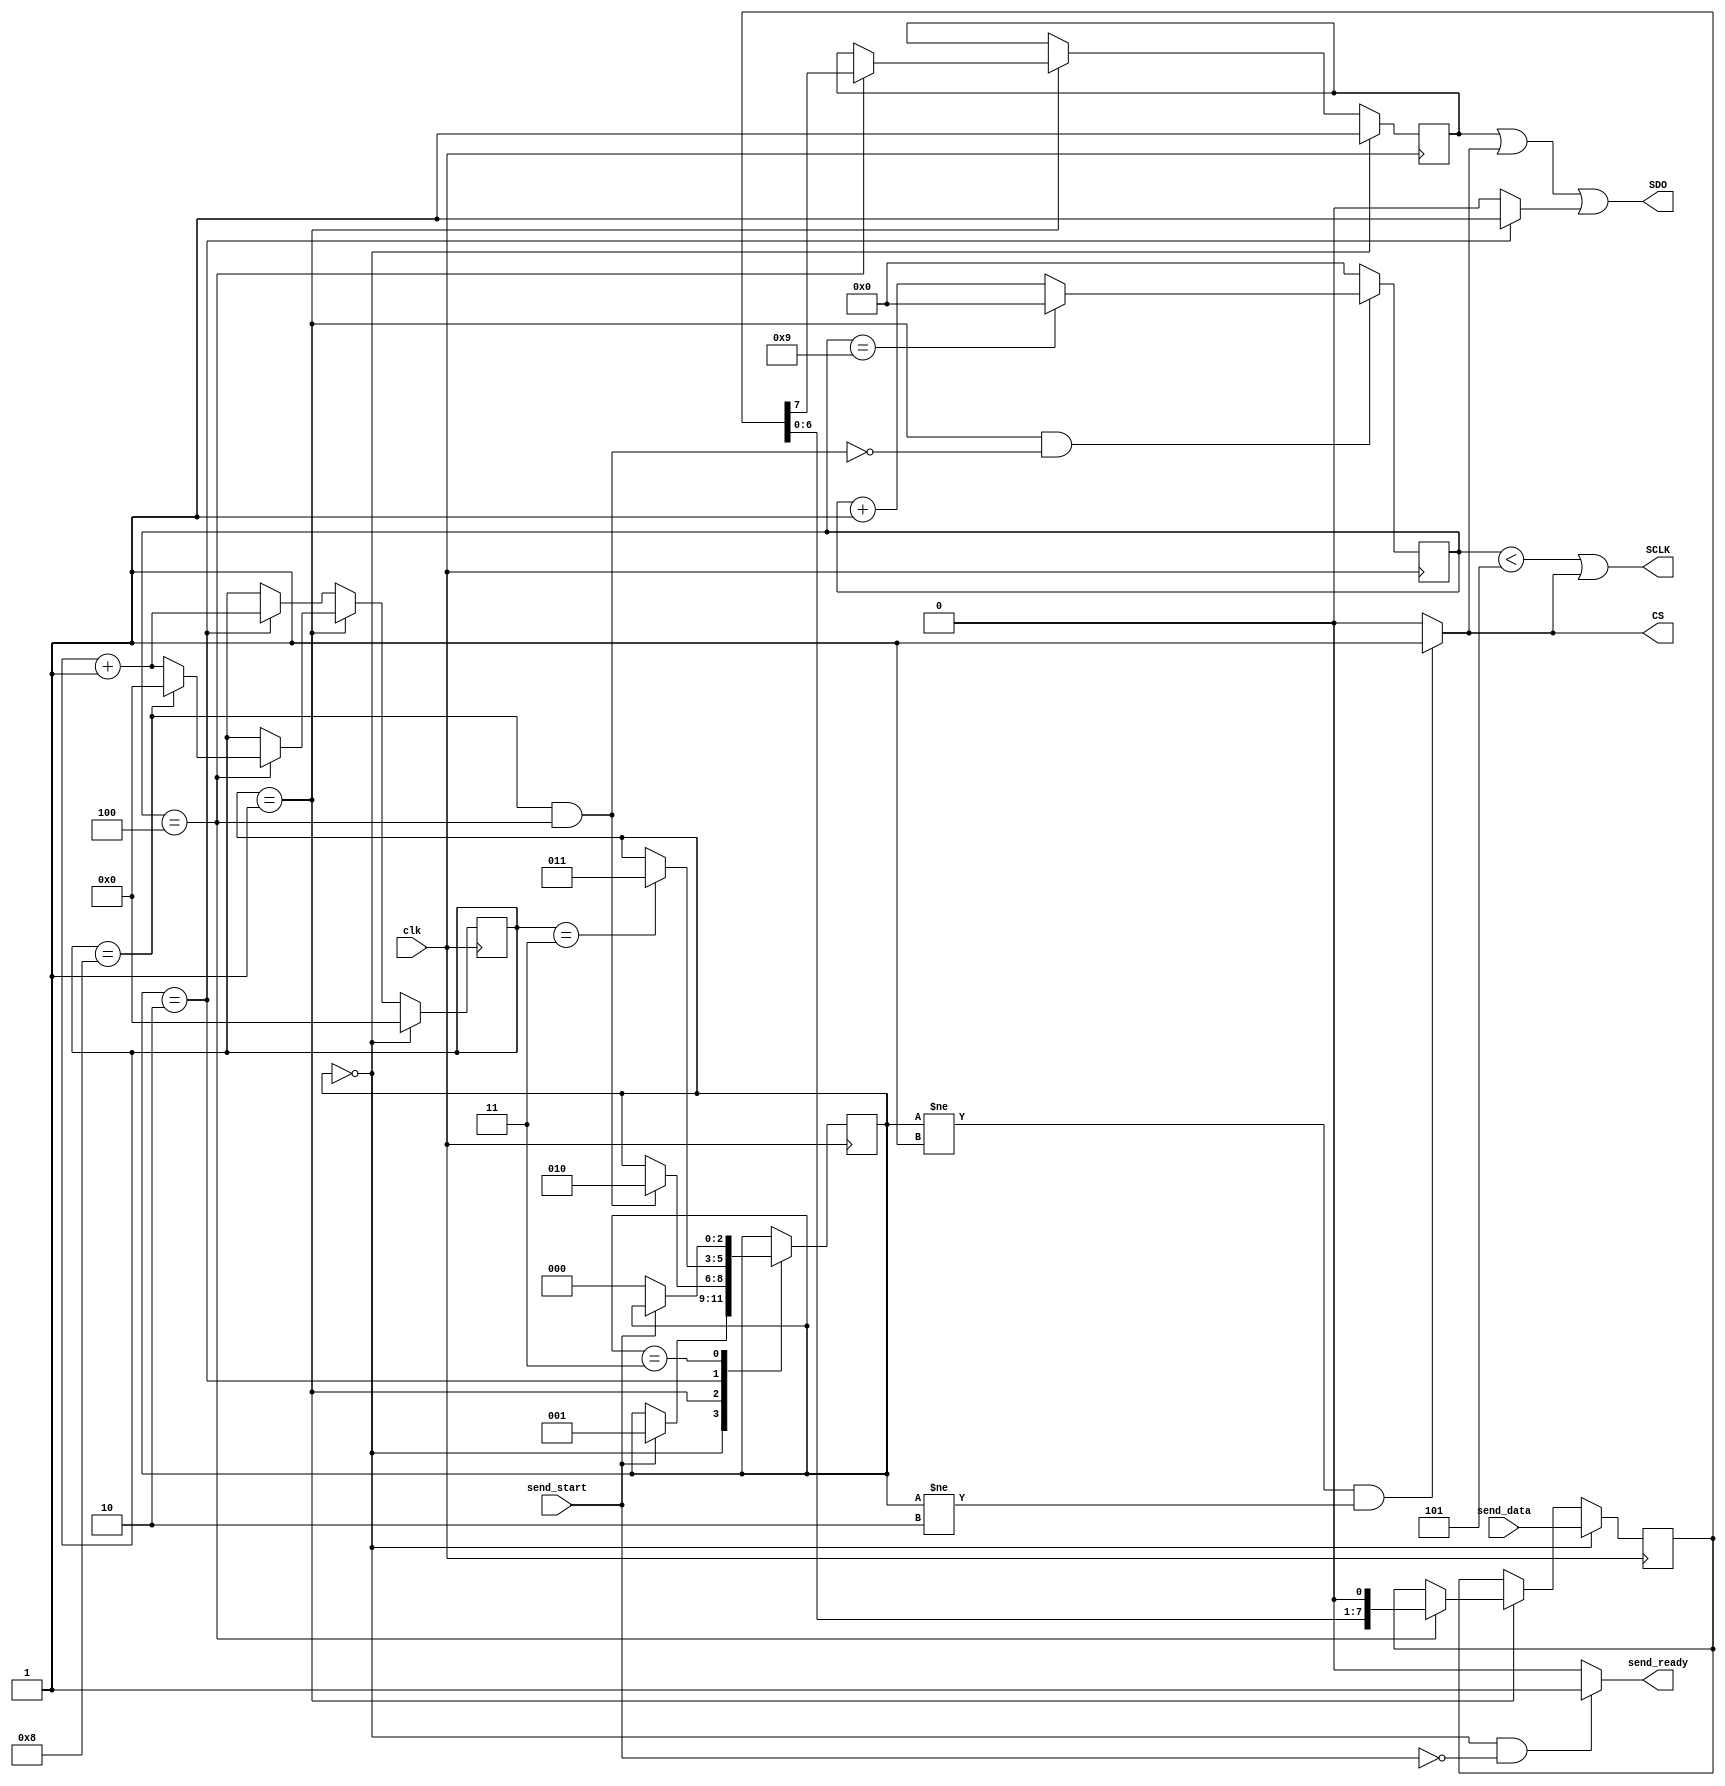
`timescale 1ns / 1ps
//////////////////////////////////////////////////////////////////////////////////
// Company: DigilentInc
// 
// Module Name: SpiCtrl
// Project Name: OLED Demo
// Description: SPI Controller. Sends a data byte on start flag high, asserts ready high when not busy.
// 
// Revision:
// Revision 0.01 - File Created
// Additional Comments:
// 
//////////////////////////////////////////////////////////////////////////////////


module SpiCtrl (
    input wire       clk,
    input wire       send_start,
    input wire [7:0] send_data,
    output wire      send_ready,
    output wire      CS,
    output wire      SDO,
    output wire      SCLK
);
    localparam  Idle   = 0,
                Send   = 1,
                HoldCS = 2,
                Hold   = 3;
    localparam  COUNTER_MID = 4,
                COUNTER_MAX = 9,
                SCLK_DUTY = 5;
    reg [2:0]   state = Idle;
    reg [7:0]   shift_register=0;
    reg [3:0]   shift_counter=0;
    wire        clk_divided;
    reg [4:0]   counter=0;
    reg         temp_sdo;
    
    assign SCLK = (counter < SCLK_DUTY) | CS;
    assign SDO = temp_sdo | CS | (state == HoldCS ? 1'b1 : 1'b0);
    assign CS = (state != Send && state != HoldCS) ? 1'b1 : 1'b0;
    assign send_ready = (state == Idle && send_start == 1'b0) ? 1'b1 : 1'b0;
    
    always@(posedge clk)
        case (state)
        Idle: begin
            if (send_start == 1'b1)
                state <= Send;
        end
        Send: begin
            if (shift_counter == 8 && counter == COUNTER_MID) begin
                state <= HoldCS;
            end
        end
        HoldCS: begin
            if (shift_counter == 4'd3)
                state <= Hold;
        end
        Hold: begin
            if (send_start == 1'b0)
                state <= Idle;
        end
        endcase
    always@(posedge clk)
        if (state == Send && ~(counter == COUNTER_MID && shift_counter == 8)) begin
            if (counter == COUNTER_MAX)
                counter <= 0;
            else
                counter <= counter + 1'b1;
        end else
            counter <= 'b0;
    always@(posedge clk)
        if (state == Idle) begin
            shift_counter <= 'b0;
            shift_register <= send_data;
            temp_sdo <= 1'b1;
        end
        else if (state == Send) begin
            if (counter == COUNTER_MID) begin
//                falling <= 1'b1;
                temp_sdo <= shift_register[7];
                shift_register <= {shift_register[6:0], 1'b0};
                if (shift_counter == 4'b1000)
                    shift_counter <= 'b0;
                else
                    shift_counter <= shift_counter + 1'b1;
            end
//            end else if (clk_divided <= 1'b1)
//                falling <= 1'b0;
        end
        else if (state == HoldCS) begin
            shift_counter <= shift_counter + 1'b1;
        end
endmodule